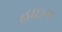
હાઇગ